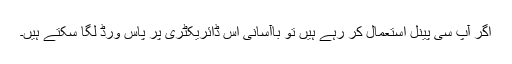
اگر آپ سی پینل استعمال کر رہے ہیں تو باآسانی اس ڈائریکٹری پر پاس ورڈ لگا سکتے ہیں۔